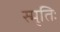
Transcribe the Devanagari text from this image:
स्मृतिः